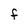
Character: F